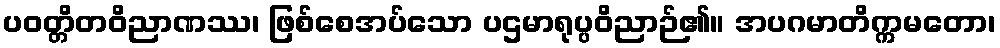
ပဝတ္တိတဝိညာဏဿ၊ ဖြစ်စေအပ်သော ပဌမာရုပ္ပဝိညာဉ်၏။ အပဂမာတိက္ကမတော၊